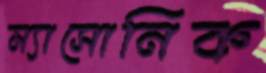
ম্যাসোনিক